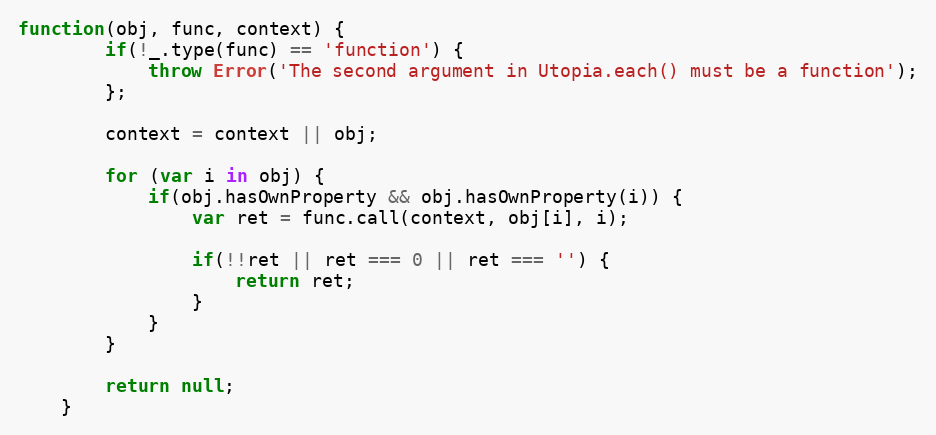
Language: JavaScript
function(obj, func, context) {
		if(!_.type(func) == 'function') {
			throw Error('The second argument in Utopia.each() must be a function');
		};

		context = context || obj;

		for (var i in obj) {
			if(obj.hasOwnProperty && obj.hasOwnProperty(i)) {
				var ret = func.call(context, obj[i], i);

				if(!!ret || ret === 0 || ret === '') {
					return ret;
				}
			}
		}

		return null;
	}